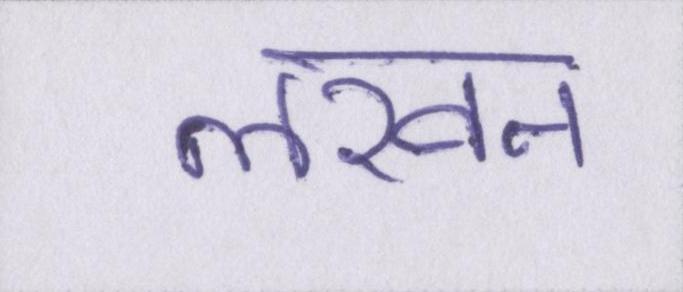
लखन